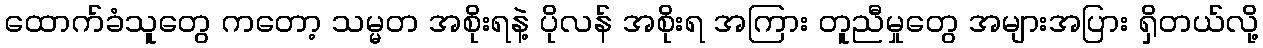
ထောက်ခံသူတွေ ကတော့ သမ္မတ အစိုးရနဲ့ ပိုလန် အစိုးရ အကြား တူညီမှုတွေ အများအပြား ရှိတယ်လို့